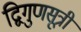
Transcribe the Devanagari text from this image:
द्विगुणसूत्री